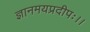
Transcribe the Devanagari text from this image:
ज्ञानमयप्रदीपः।।